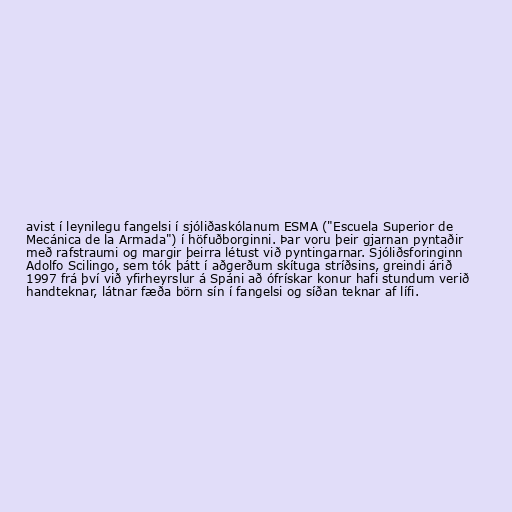
avist í leynilegu fangelsi í sjóliðaskólanum ESMA ("Escuela Superior de
Mecánica de la Armada") í höfuðborginni. Þar voru þeir gjarnan pyntaðir
með rafstraumi og margir þeirra létust við pyntingarnar. Sjóliðsforinginn
Adolfo Scilingo, sem tók þátt í aðgerðum skítuga stríðsins, greindi árið
1997 frá því við yfirheyrslur á Spáni að ófrískar konur hafi stundum verið
handteknar, látnar fæða börn sín í fangelsi og síðan teknar af lífi.